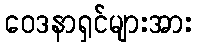
ဝေဒနာရှင်များအား